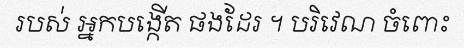
របស់ អ្នកបង្កើត ផងដែរ ។ បរិវេណ ចំពោះ